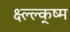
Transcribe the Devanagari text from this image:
क्ष्ल्ल्क्ष्म